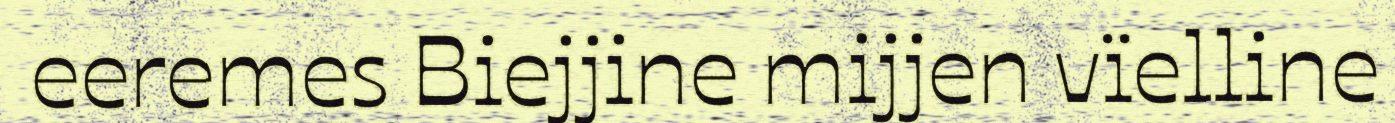
eeremes Biejjine mijjen vïelline